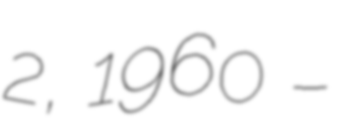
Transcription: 2, 1960 –